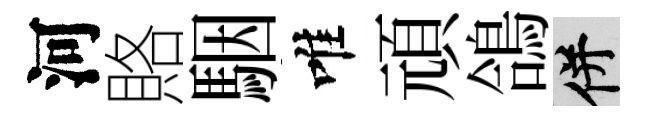
河賂駰唯頑鴿并